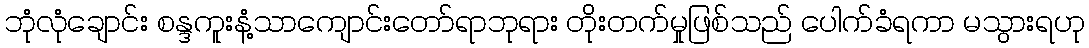
ဘုံလုံချောင်း စန္ဒကူးနံ့သာကျောင်းတော်ရာဘုရား တိုးတက်မှုဖြစ်သည် ပေါက်ခံရကာ မသွားရဟု